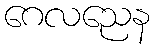
ဂေလညေန